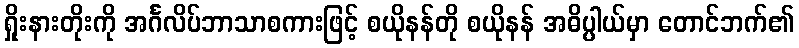
ရှိုးနားတိုးကို အင်္ဂလိပ်ဘာသာစကားဖြင့် စယိုနန်တို စယိုနန် အဓိပ္ပါယ်မှာ တောင်ဘက်၏